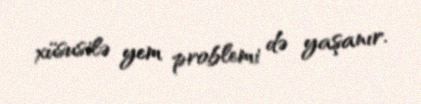
xüsusilə yem problemi də yaşanır.